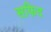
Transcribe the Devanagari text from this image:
सफिद